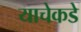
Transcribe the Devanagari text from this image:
याचेकडे